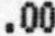
.00